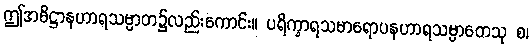
ဤအဓိဋ္ဌာနဟာရသမ္ပာတ၌လည်းကောင်း။ ပရိက္ခာရသမာရောပနဟာရသမ္ပာတေသု စ၊